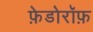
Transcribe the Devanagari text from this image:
फ़ेडोरॉफ़